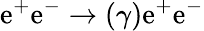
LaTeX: \mathrm{e}^{+}\mathrm{e}^{-}\to(\gamma)\mathrm{e}^{+}\mathrm{e}^{-}